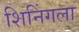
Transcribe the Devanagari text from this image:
शिनिंगला